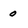
Character: 0